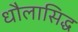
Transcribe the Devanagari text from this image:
धौलासिद्ध